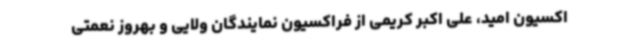
اکسیون امید، علی اکبر کریمی از فراکسیون نمایندگان ولایی و بهروز نعمتی